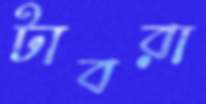
টাবরা